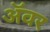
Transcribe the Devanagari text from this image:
अॅवर